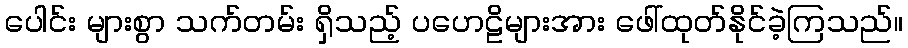
ပေါင်း များစွာ သက်တမ်း ရှိသည့် ပဟေဠိများအား ဖေါ်ထုတ်နိုင်ခဲ့ကြသည်။